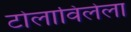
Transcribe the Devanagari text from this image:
टोलाविलेला